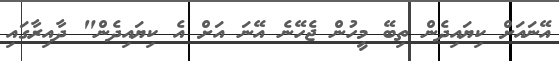
އޭނައަށް ކިޔައިދެން ތިބޭ މީހުން ޖެހޭނެ އޭނަ އަށް އެ ކިޔައިދެން" ދާއިރާގައި